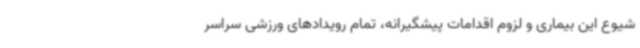
شیوع این بیماری و لزوم اقدامات پیشگیرانه، تمام رویدادهای ورزشی سراسر